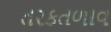
તરકતળાવ